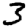
Digit: 3